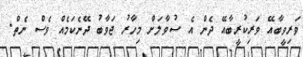
ވަރިވީބާއޭ ވަރިކުރީބާއޭ ދެން އެ ސުވާލަށް މިހާރު ޖަވާބު ދޭނެކަމެއް ވެސް ނެތް.